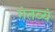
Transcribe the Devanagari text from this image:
गंतव्यं